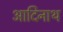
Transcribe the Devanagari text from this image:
आदिनाथ्‍ा